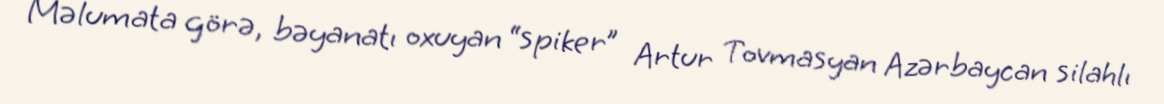
Məlumata görə, bəyanatı oxuyan “spiker” Artur Tovmasyan Azərbaycan silahlı